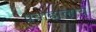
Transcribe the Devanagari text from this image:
प्रवाहालाच